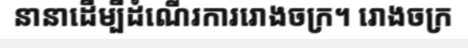
នានាដើម្បីដំណើរការរោងចក្រ។ រោងចក្រ